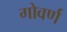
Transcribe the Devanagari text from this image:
गोवर्ण